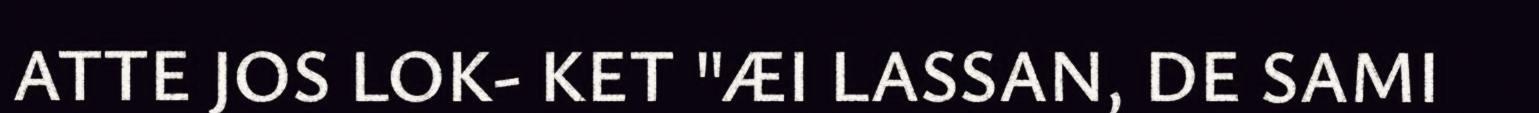
ATTE JOS LOK- KET "ÆI LASSAN, DE SAMI